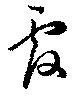
覆